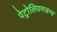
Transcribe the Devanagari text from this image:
पेट्रोलियमजन्य